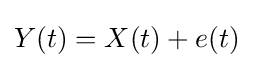
Y(t)=X(t)+e(t)